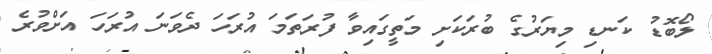
ލޯބޮޑު ކަނޑި މިޔަރުގެ ބުރަކަށި މަތީގައިވާ ފުރަތަމަ އުރަހަ ދެވަނަ އުރަހަ އަށްވުރެ